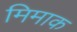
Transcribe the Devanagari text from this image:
मिमाक